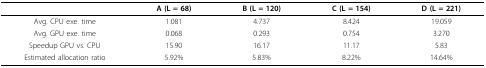
<table><thead><tr><td></td><td><b>A (L = 68)</b></td><td><b>B (L = 120)</b></td><td><b>C (L = 154)</b></td><td><b>D (L = 221)</b></td></tr></thead><tbody><tr><td>Avg. CPU exe. time</td><td>1.081</td><td>4.737</td><td>8.424</td><td>19.059</td></tr><tr><td>Avg. GPU exe. time</td><td>0.068</td><td>0.293</td><td>0.754</td><td>3.270</td></tr><tr><td>Speedup GPU vs. CPU</td><td>15.90</td><td>16.17</td><td>11.17</td><td>5.83</td></tr><tr><td>Estimated allocation ratio</td><td>5.92%</td><td>5.83%</td><td>8.22%</td><td>14.64%</td></tr></tbody></table>